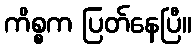
ကိစ္စက ပြတ်နေပြီ။